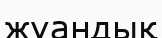
жуандық